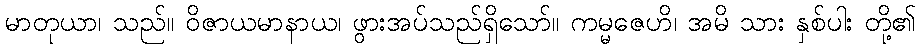
မာတုယာ၊ သည်။ ဝိဇာယမာနာယ၊ ဖွားအပ်သည်ရှိသော်။ ကမ္မဇေဟိ၊ အမိ သား နှစ်ပါး တို့၏